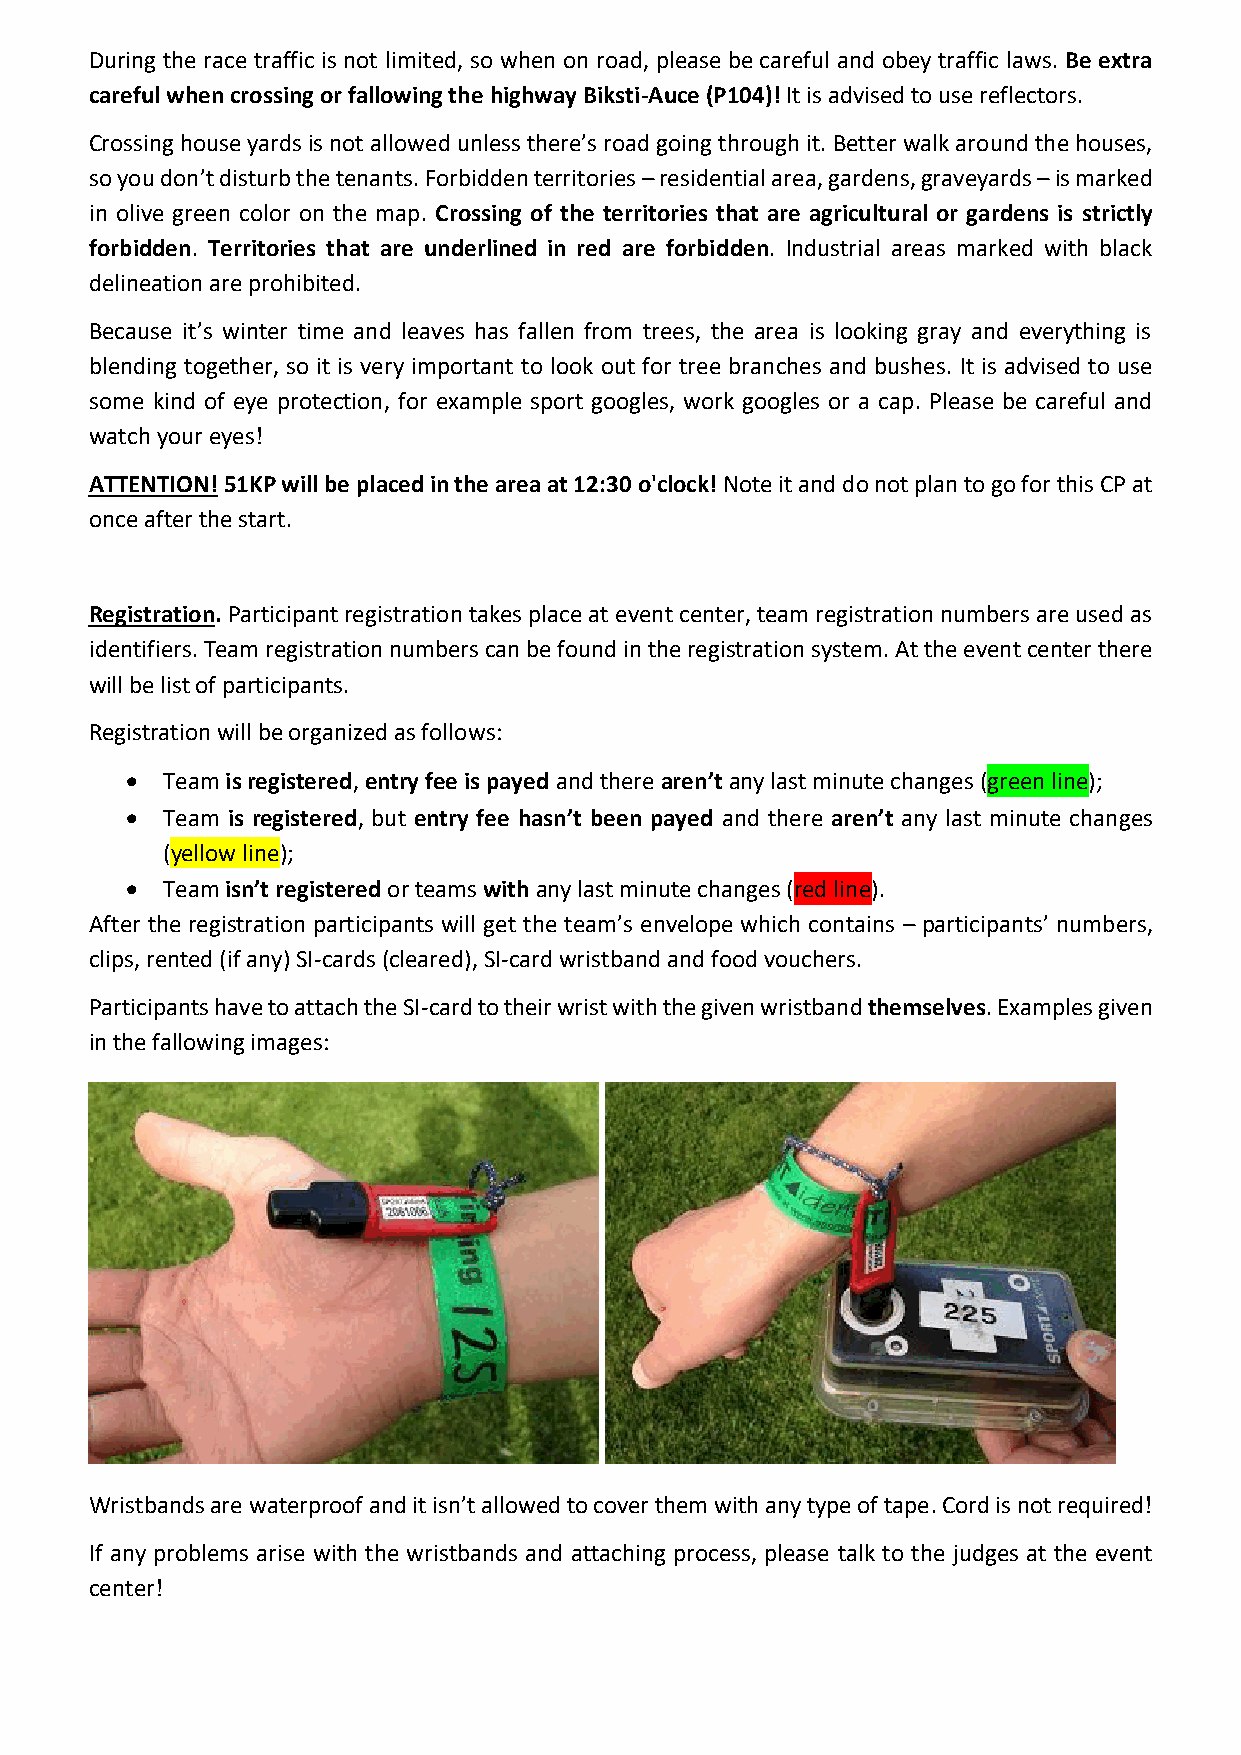
During the race traffic is not limited, so when on road, please be careful and obey traffic laws. Be extra
 careful when crossing or fallowing the highway Biksti-Auce (P104)! It is advised to use reflectors.
 Crossing house yards is not allowed unless there’s road going through it. Better walk around the houses,
 so you don’t disturb the tenants. Forbidden territories – residential area, gardens, graveyards – is marked
 in olive green color on the map. Crossing of the territories that are agricultural or gardens is strictly
 forbidden. Territories that are underlined in red are forbidden. Industrial areas marked with black
 delineation are prohibited.
 Because it’s winter time and leaves has fallen from trees, the area is looking gray and everything is
 blending together, so it is very important to look out for tree branches and bushes. It is advised to use
 some kind of eye protection, for example sport googles, work googles or a cap. Please be careful and
 watch your eyes!
 ATTENTION! 51KP will be placed in the area at 12:30 o'clock! Note it and do not plan to go for this CP at
 once after the start.
 Registration. Participant registration takes place at event center, team registration numbers are used as
 identifiers. Team registration numbers can be found in the registration system. At the event center there
 will be list of participants.
 Registration will be organized as follows:
 •  Team is registered, entry fee is payed and there aren’t any last minute changes (green line);
 •  Team is registered, but entry fee hasn’t been payed and there aren’t any last minute changes
 (yellow line);
 •  Team isn’t registered or teams with any last minute changes (red line).
 After the registration participants will get the team’s envelope which contains – participants’ numbers,
 clips, rented (if any) SI-cards (cleared), SI-card wristband and food vouchers.
 Participants have to attach the SI-card to their wrist with the given wristband themselves. Examples given
 in the fallowing images:
 Wristbands are waterproof and it isn’t allowed to cover them with any type of tape. Cord is not required!
 If any problems arise with the wristbands and attaching process, please talk to the judges at the event
 center!